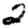
Digit: 2